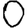
Digit: 0